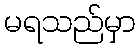
မရသည်မှာ